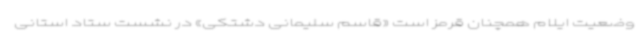
وضعیت ایلام همچنان قرمز است «قاسم سلیمانی دشتکی» در نشست ستاد استانی